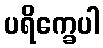
ပရိက္ခေပါ